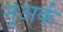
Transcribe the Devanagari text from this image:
नूअर्क